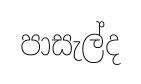
පාසැල්ද